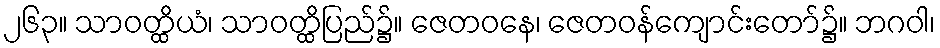
၂၆၃။ သာဝတ္ထိယံ၊ သာဝတ္ထိပြည်၌။ ဇေတဝနေ၊ ဇေတဝန်ကျောင်းတော်၌။ ဘဂဝါ၊